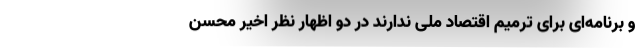
و برنامه‌ای برای ترمیم اقتصاد ملی ندارند در دو اظهار نظر اخیر محسن